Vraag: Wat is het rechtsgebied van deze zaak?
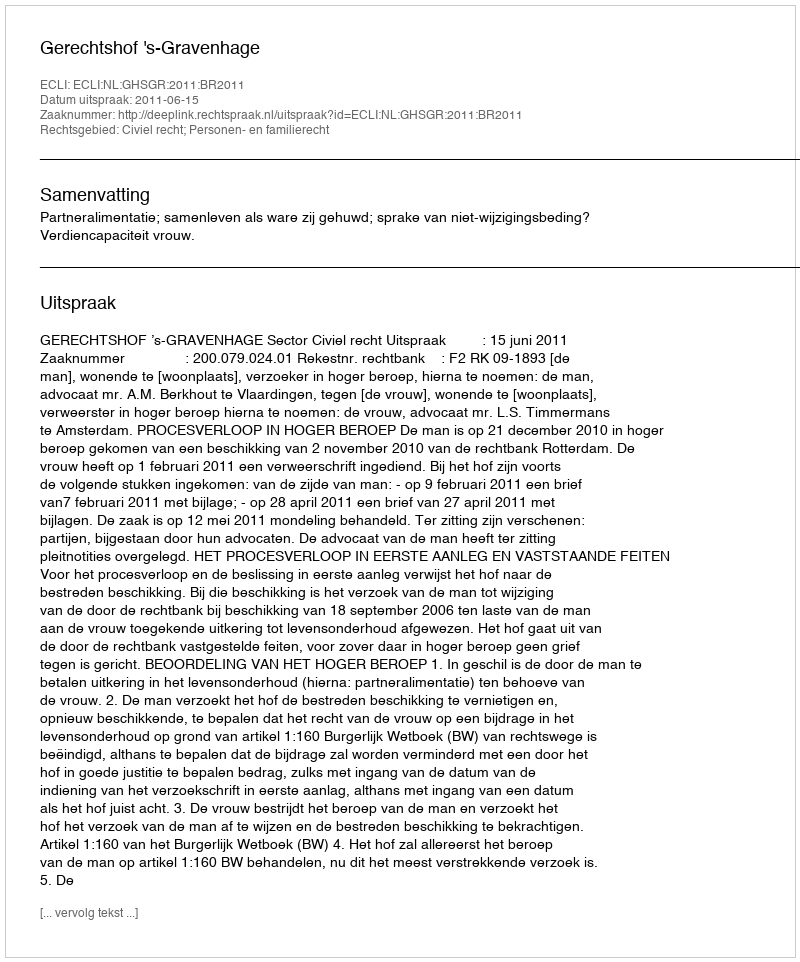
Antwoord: Civiel recht; Personen- en familierecht